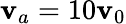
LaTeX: \mathbf{v}_{a}=10\mathbf{v}_{0}